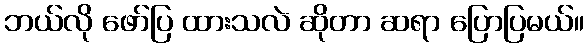
ဘယ်လို ဖော်ပြ ထားသလဲ ဆိုတာ ဆရာ ပြောပြမယ်။